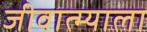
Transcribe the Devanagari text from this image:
जीवात्म्याला